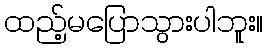
ထည့်မပြောသွားပါဘူး။